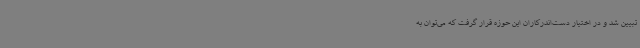
تبیین شد و در اختیار دست‌اندرکاران این حوزه قرار گرفت که می‌توان به